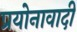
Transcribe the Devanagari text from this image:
प्रयोनावादी